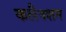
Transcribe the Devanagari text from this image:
कलैक्शन